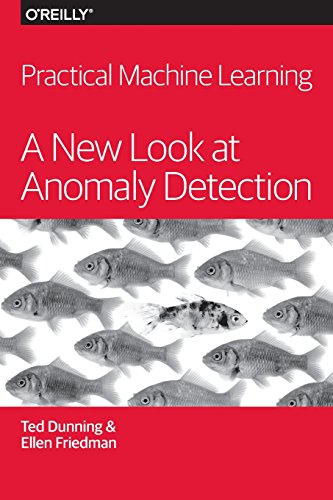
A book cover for Practical Machine Learning: A New Look at Anomaly Detection; Ted Dunning; Computers & Technology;